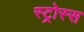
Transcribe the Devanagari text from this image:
स्ट्रोस्स